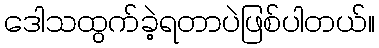
ဒေါသထွက်ခဲ့ရတာပဲဖြစ်ပါတယ်။